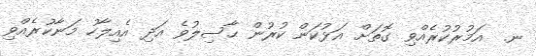
ނ.  އަމުރުކުރެއްވި ގޮތަށް އަޅުކަން ކުރުން ޙާޞިލުވެ އަދި އެއިލާހު މަނާކުރެއްވި